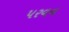
પરવન